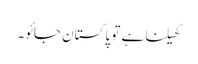
کھیلنا ہے تو پاکستان جائو۔